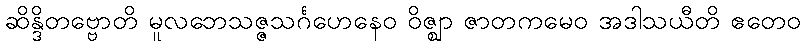
ဆိန္ဒိတဗ္ဗောတိ မူလဘေသဇ္ဇသင်္ဂဟေနေဝ ဝိဇ္ဈာ ဇာတကမေဝ အဒါသယီတိ ဧတေဝ